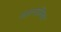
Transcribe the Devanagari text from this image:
संज्ञानात्मिक